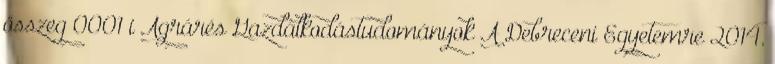
összeg 0001 i Agrárés Gazdálkodástudományok A Debreceni Egyetemre 2014.